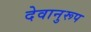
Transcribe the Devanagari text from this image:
देवानुरूप